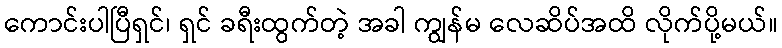
ကောင်းပါပြီရှင်၊ ရှင် ခရီးထွက်တဲ့ အခါ ကျွန်မ လေဆိပ်အထိ လိုက်ပို့မယ်။